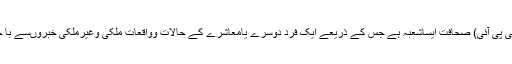
وزیرآباد (جی پی آئی) صحافت ایساشعبہ ہے جس کے ذریعے ایک فرد دوسرے یامعاشرے کے حالات وواقعات ملکی وغیرملکی خبروںسے با خبررہتا ہے۔